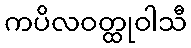
ကပိလဝတ္ထုဝါသီ